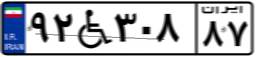
۰۷W۵۹۹۸۰